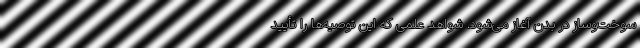
سوخت‌وساز در بدن آغاز می‌شود. شواهد علمی که این توصیه‌ها را تأیید